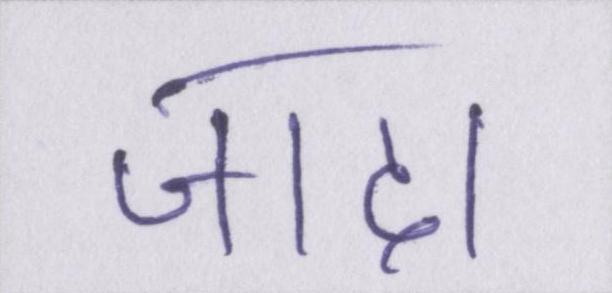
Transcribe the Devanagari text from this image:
जादा